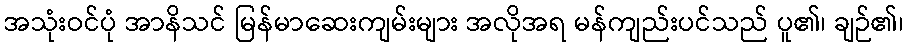
အသုံးဝင်ပုံ အာနိသင် မြန်မာဆေးကျမ်းများ အလိုအရ မန်ကျည်းပင်သည် ပူ၏၊ ချဉ်၏၊